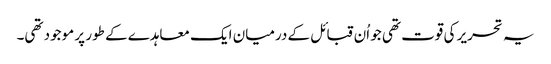
یہ تحریر کی قوت تھی جو اُن قبائل کے درمیان ایک معاہدے کے طور پر موجود تھی۔